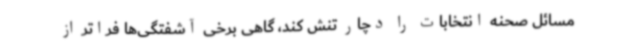
مسائل صحنه انتخابات را دچار تنش کند، گاهی برخی آشفتگی‌ها فراتر از